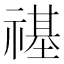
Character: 禥